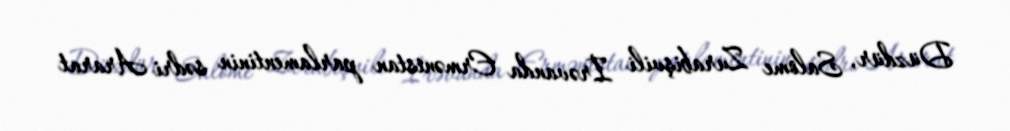
Düzdür, Salome Zurabişvili İrəvanda Ermənistan parlamentinin sədri Ararat